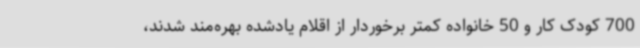
700 کودک کار و 50 خانواده کمتر برخوردار از اقلام یادشده بهره‌مند شدند،